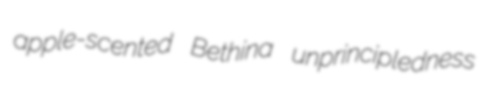
apple-scented Bethina unprincipledness